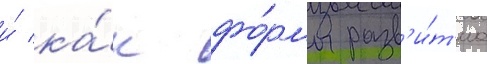
и́ ка́к фо́рмы разв'и́т'иа